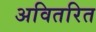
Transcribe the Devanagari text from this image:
अवितरित